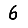
Digit: 6